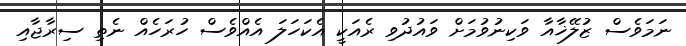
ނަމަވެސް ޒުލޭޚާއާ ވަކިނުވުމަށް ވައުދުވި ރެއަކީ އެކަހަލަ އެއްވެސް ހުރަހެއް ނެތި ސިރާޖާއި